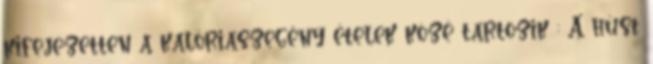
kifejezetten a kalóriaszegény ételek közé tartozik : A húst